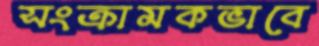
সংক্রামকভাবে